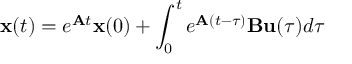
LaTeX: \mathbf { x } ( t ) = e ^ { \mathbf { A } t } \mathbf { x } ( 0 ) + \int _ { 0 } ^ { t } e ^ { \mathbf { A } ( t - \tau ) } \mathbf { B } \mathbf { u } ( \tau ) d \tau